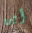
أين